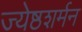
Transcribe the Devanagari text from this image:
ज्येष्ठशर्मन